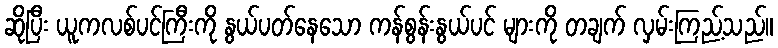
ဆိုပြီး ယူကလစ်ပင်ကြီးကို နွယ်ပတ်နေသော ကန်စွန်းနွယ်ပင် များကို တချက် လှမ်းကြည့်သည်။